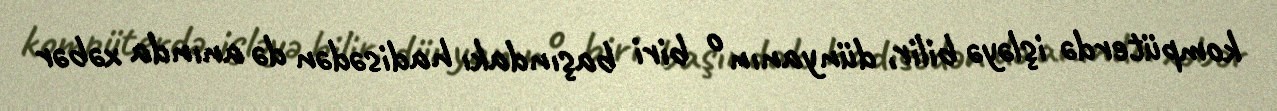
kompüterdə işləyə bilir, dünyanın o biri başındakı hadisədən də anında xəbər